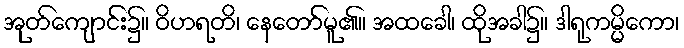
အုတ်ကျောင်း၌။ ဝိဟရတိ၊ နေတော်မူ၏။ အထခေါ၊ ထိုအခါ၌။ ဒါရုကမ္မိကော၊